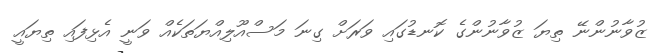
ޒުވާނުންނޭ ތިޔަ ޒުވާނުންގެ ކޮނޑުގައި ވަރަށް ގިނަ މަސްއޫލިއްޔަތަކެއް ވަނީ އެޅިފައި ތިޔައީ